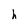
Character: h